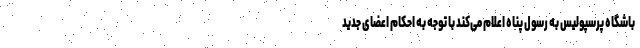
باشگاه پرسپولیس به رسول پناه اعلام می‌کند با توجه به احکام اعضای جدید